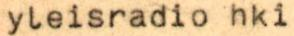
yleisradio hki